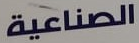
الصناعية